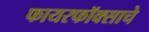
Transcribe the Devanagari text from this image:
फायरफॉक्साचे